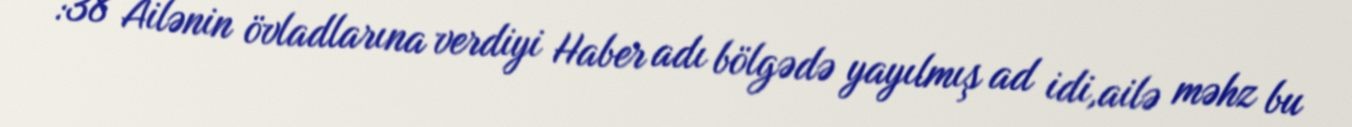
:38 Ailənin övladlarına verdiyi Haber adı bölgədə yayılmış ad idi,ailə məhz bu